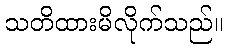
သတိထားမိလိုက်သည်။